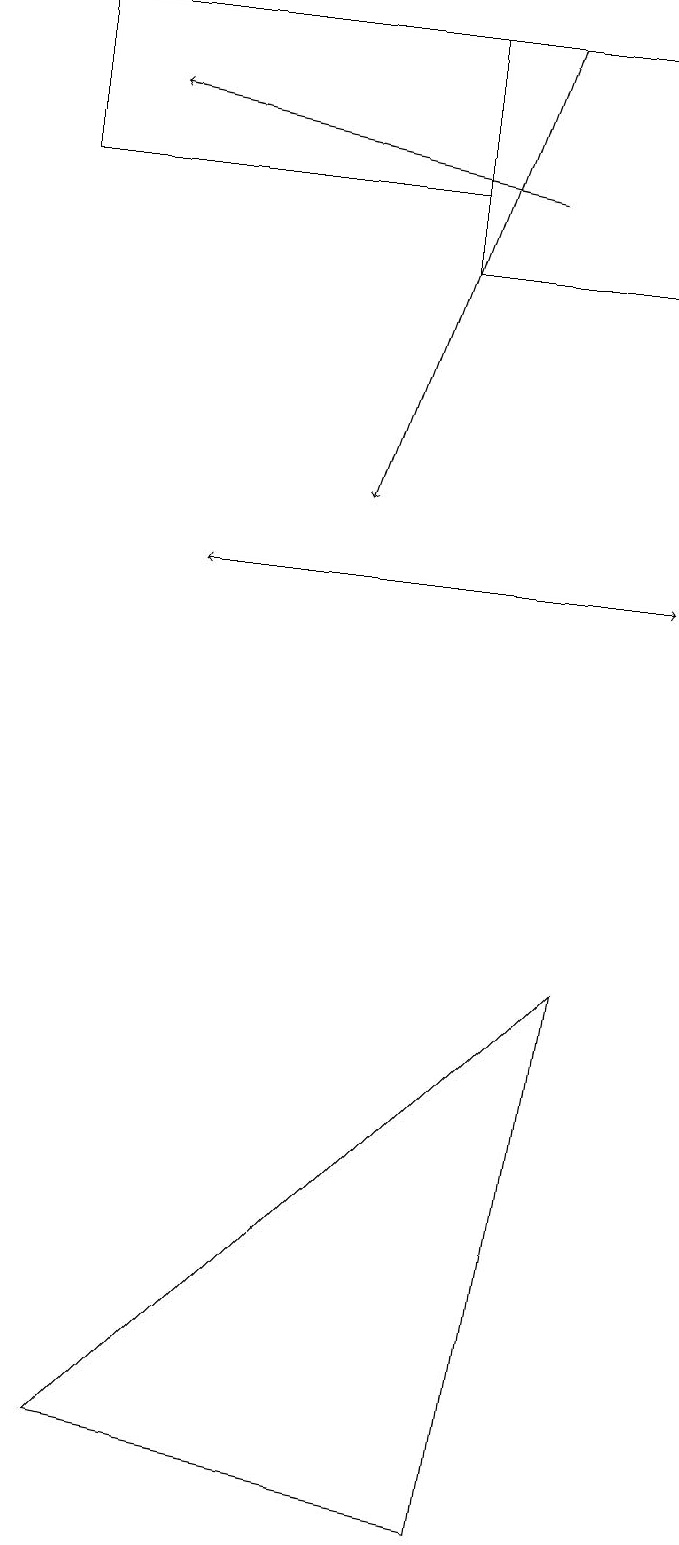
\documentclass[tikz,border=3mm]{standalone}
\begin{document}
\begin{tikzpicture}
\draw (5,19) rectangle (8,16);
\draw (1,1) -- (6,0) -- (7,7) -- cycle;
\draw[->] (2,12) -- (8,12);
\draw (0,19) rectangle (5,17);
\draw[->] (8,12) -- (2,12);
\draw[->] (6,19) -- (4,13);
\draw[->] (6,17) -- (1,18);
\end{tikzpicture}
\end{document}